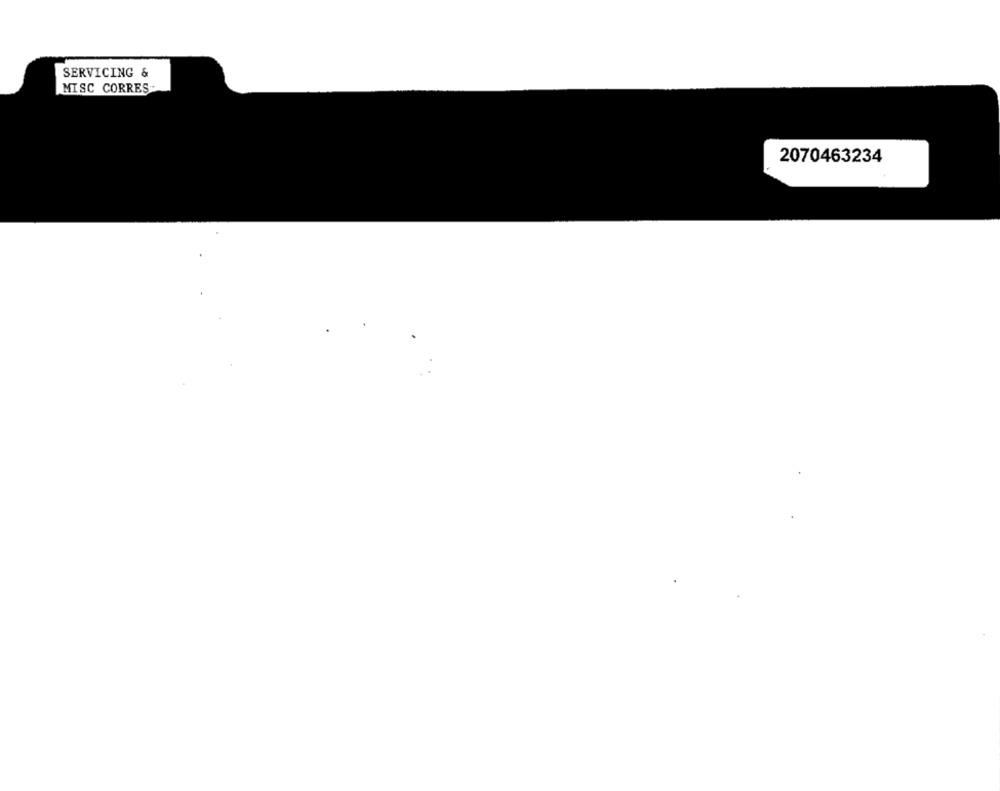
SERVICING &
MISC CORRES
2070463234